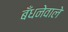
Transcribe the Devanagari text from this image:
बँधनेवाले